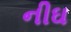
નીઘ